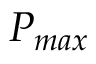
P _ { m a x }